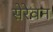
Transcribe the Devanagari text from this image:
सेरेवन